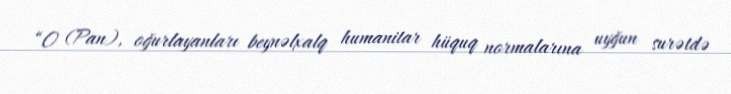
“O (Pan), oğurlayanları beynəlxalq humanitar hüquq normalarına uyğun surətdə